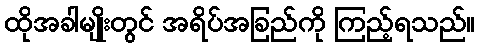
ထိုအခါမျိုးတွင် အရိပ်အခြည်ကို ကြည့်ရသည်။